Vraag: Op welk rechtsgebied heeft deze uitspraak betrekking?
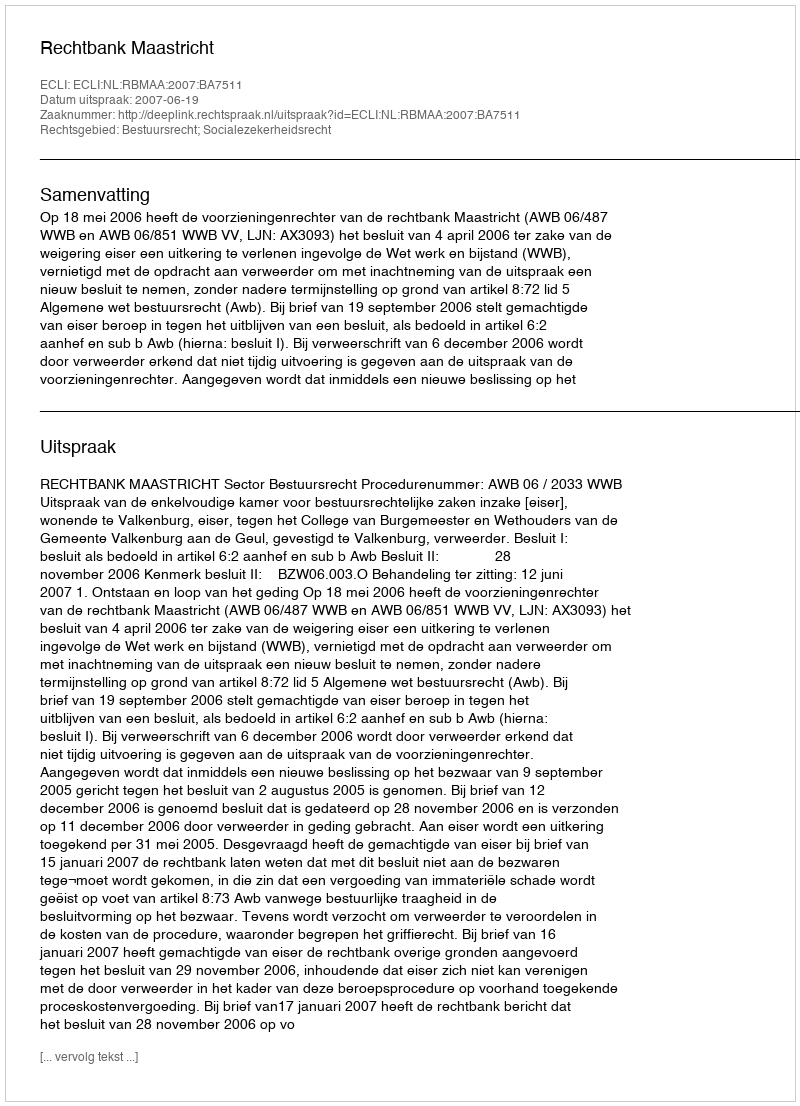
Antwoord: Bestuursrecht; Socialezekerheidsrecht